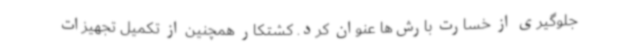
جلوگیری از خسارت بارش‌ها عنوان کرد. کشتکار همچنین از تکمیل تجهیزات